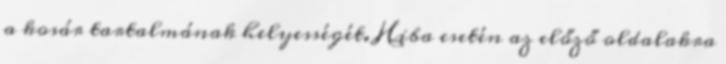
a kosár tartalmának helyességét. Hiba esetén az előző oldalakra